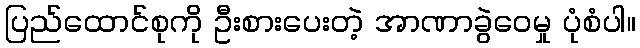
ပြည်ထောင်စုကို ဦးစားပေးတဲ့ အာဏာခွဲဝေမှု ပုံစံပါ။